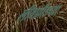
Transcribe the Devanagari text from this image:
लीबफ्रीडच्या